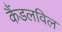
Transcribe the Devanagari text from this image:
कैंडलविल